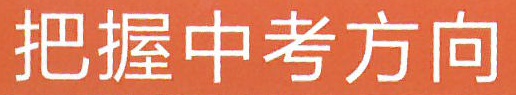
把握中考方向